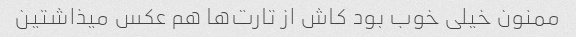
ممنون خیلی خوب بود کاش از تارت‌ها هم عکس میذاشتین